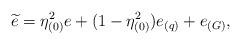
LaTeX: \begin{align*} \widetilde{e} = \eta_{(0)}^{2} e + (1 - \eta_{(0)}^{2}) e_{(q)} + e_{(G)}, \end{align*}